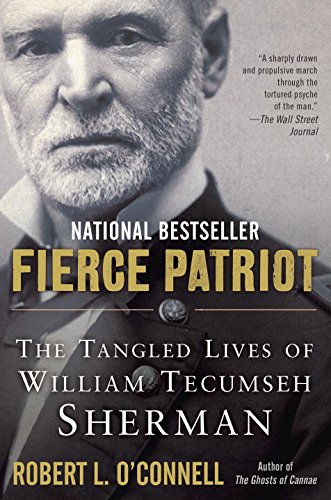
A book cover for Fierce Patriot: The Tangled Lives of William Tecumseh Sherman; Robert L. O'Connell; History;